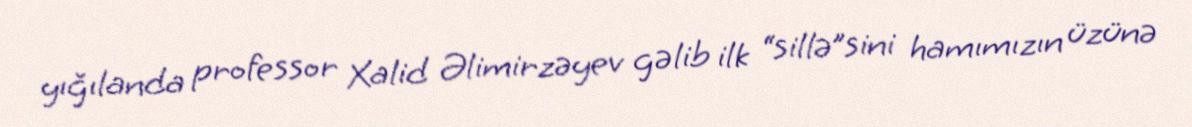
yığılanda professor Xalid Əlimirzəyev gəlib ilk “sillə”sini hamımızın üzünə